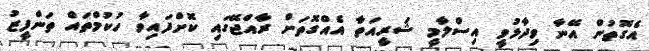
އެގޮތުން އޭނާ ވިދާޅުވީ އިސްލާމީ ޝަރީއަތާ އެއްގޮތަށް ރާއްޖޭގައި ކޮށްފައިވާ ހުކުމްތައް ތަންފީޒު